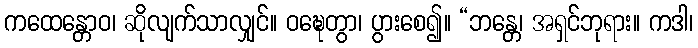
ကထေန္တောဝ၊ ဆိုလျက်သာလျှင်။ ဝဍ္ဎေတွာ၊ ပွားစေ၍။ “ဘန္တေ၊ အရှင်ဘုရား။ ကဒါ၊